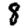
Digit: 8